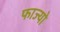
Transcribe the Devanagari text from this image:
फाज्यो